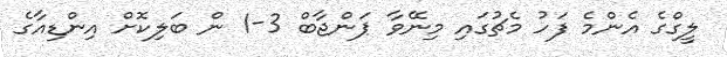
ލީގްގެ އެންމެ ފަހު މެޗުގައި މިނޭވާ ޕަންޖާބް 3-1 ން ބަލިކޮށް އިންޑިއާގެ